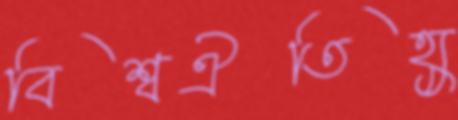
বিশ্বঐতিহ্য